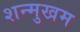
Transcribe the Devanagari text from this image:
शन्मुखम